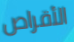
الأقراص